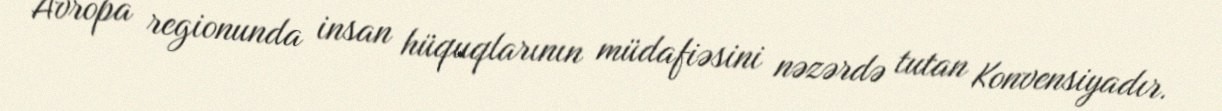
Avropa regionunda insan hüquqlarının müdafiəsini nəzərdə tutan Konvensiyadır.